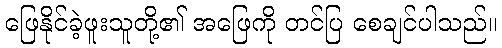
ဖြေနိုင်ခဲ့ဖူးသူတို့၏ အဖြေကို တင်ပြ စေချင်ပါသည်။